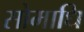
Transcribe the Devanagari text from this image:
सोमाधि